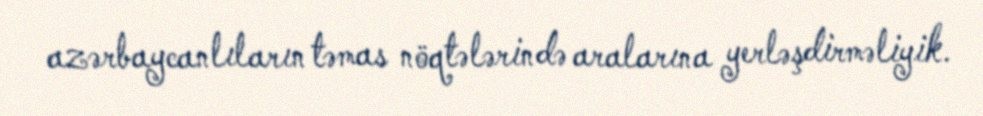
azərbaycanlıların təmas nöqtələrində aralarına yerləşdirməliyik.